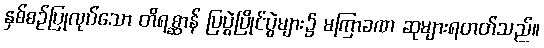
နှစ်စဉ်ပြုလုပ်သော တိရစ္ဆာန် ပြပွဲပြိုင်ပွဲများ၌ မကြာခဏ ဆုများရတတ်သည်။